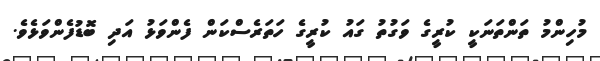
މުހިންމު ތަންތަނަކީ ކުރީގެ ވަގުތު ގައު ކުރީގެ ހަތަރެސްކަން ފެންވަޅު އަދި ބޮޑުފެންވަޅެވެ.